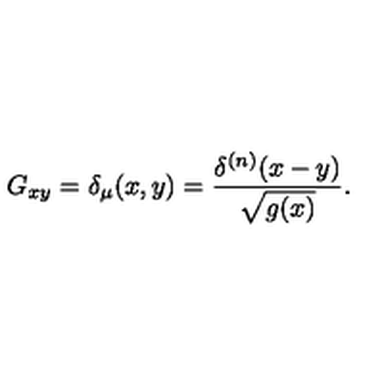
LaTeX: G _ { x y } = \delta _ { \mu } ( x , y ) = { \frac { \delta ^ { ( n ) } ( x - y ) } { \sqrt { g ( x ) } } } .